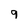
Character: 9